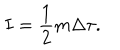
LaTeX: I = { \frac { 1 } { 2 } } m \Delta \tau .